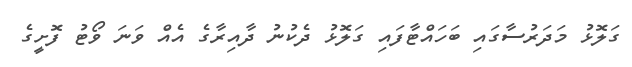
ގަލޮޅު މަދަރުސާގައި ބަހައްޓާފައި ގަލޮޅު ދެކުނު ދާއިރާގެ އެއް ވަނަ ވޯޓު ފޮށީގެ